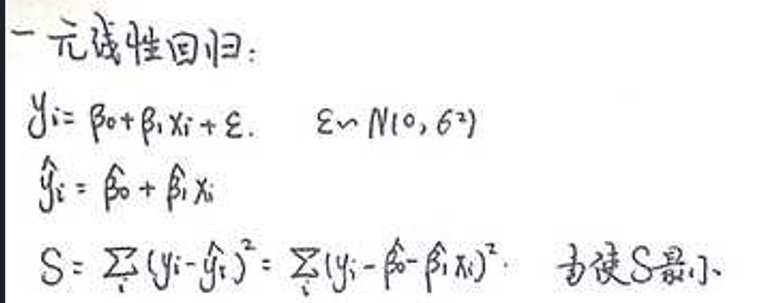
一元线性回归：
\[
\begin{align*}
y_i&=\beta_0+\beta_1x_i+\varepsilon,\quad \varepsilon\sim N(0,\sigma^2)\\
\hat{y}_i&=\hat{\beta}_0+\hat{\beta}_1x_i\\
S&=\sum_{i}(y_i - \hat{y}_i)^2=\sum_{i}(y_i-\hat{\beta}_0-\hat{\beta}_1x_i)^2,\quad \text{为使}S\text{最小}
\end{align*}
\]